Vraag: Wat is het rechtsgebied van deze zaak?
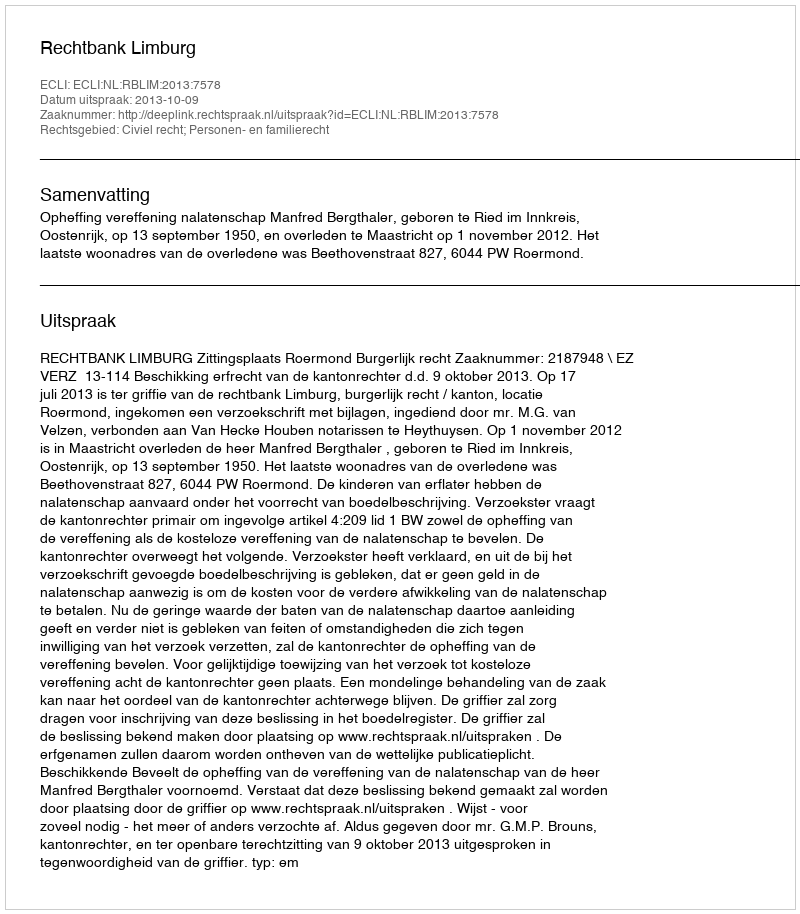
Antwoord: Civiel recht; Personen- en familierecht